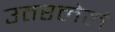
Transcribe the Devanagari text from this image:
उतरलेलं